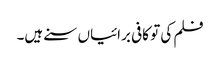
فلم کی تو کافی برائیاں سنے ہیں۔